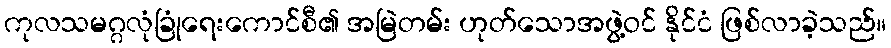
ကုလသမဂ္ဂလုံခြုံရေးကောင်စီ၏ အမြဲတမ်း ဟုတ်သောအဖွဲ့ဝင် နိုင်ငံ ဖြစ်လာခဲ့သည်။